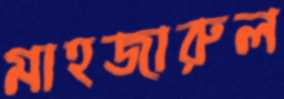
মাহজারুল